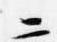
二